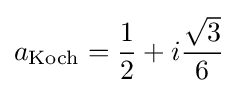
a_{\text{Koch}}={\frac {1}{2}}+i{\frac {\sqrt {3}}{6}}